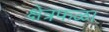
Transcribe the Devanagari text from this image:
क्षेत्रफळ।